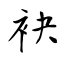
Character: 袂